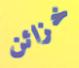
خزائن